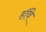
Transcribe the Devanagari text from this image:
हॉवे